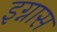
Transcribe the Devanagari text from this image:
इग्नास